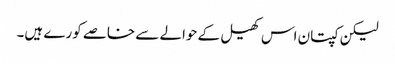
لیکن کپتان اس کھیل کے حوالے سے خاصے کورے ہیں۔